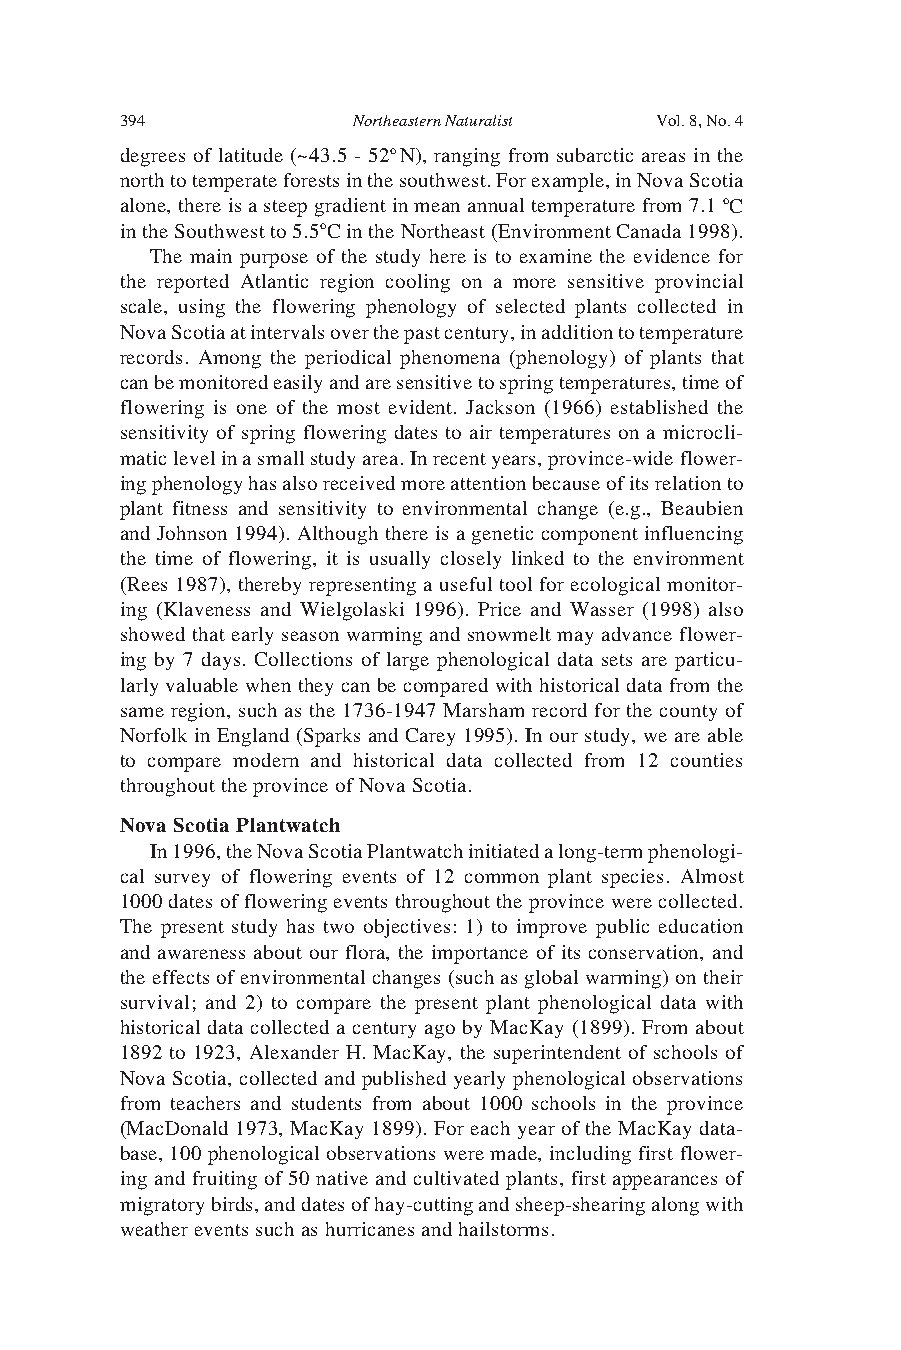
394            Northeastern Naturalist Vol. 8, No. 4
 degrees of latitude (~43.5 - 52o N), ranging from subarctic areas in the
 north to temperate forests in the southwest. For example, in Nova Scotia
 alone, there is a steep gradient in mean annual temperature from 7.1 oC
 in the Southwest to 5.5oC in the Northeast (Environment Canada 1998).
 The main purpose of the study here is to examine the evidence for
 the reported Atlantic region cooling on a more sensitive provincial
 scale, using the flowering phenology of selected plants collected in
 Nova Scotia at intervals over the past century, in addition to temperature
 records. Among the periodical phenomena (phenology) of plants that
 can be monitored easily and are sensitive to spring temperatures, time of
 flowering is one of the most evident. Jackson (1966) established the
 sensitivity of spring flowering dates to air temperatures on a microcli-
 matic level in a small study area. In recent years, province-wide flower-
 ing phenology has also received more attention because of its relation to
 plant fitness and sensitivity to environmental change (e.g., Beaubien
 and Johnson 1994). Although there is a genetic component influencing
 the time of flowering, it is usually closely linked to the environment
 (Rees 1987), thereby representing a useful tool for ecological monitor-
 ing (Klaveness and Wielgolaski 1996). Price and Wasser (1998) also
 showed that early season warming and snowmelt may advance flower-
 ing by 7 days. Collections of large phenological data sets are particu-
 larly valuable when they can be compared with historical data from the
 same region, such as the 1736-1947 Marsham record for the county of
 Norfolk in England (Sparks and Carey 1995). In our study, we are able
 to compare modern and historical data collected from 12 counties
 throughout the province of Nova Scotia.
 Nova Scotia Plantwatch
 In 1996, the Nova Scotia Plantwatch initiated a long-term phenologi-
 cal survey of flowering events of 12 common plant species. Almost
 1000 dates of flowering events throughout the province were collected.
 The present study has two objectives: 1) to improve public education
 and awareness about our flora, the importance of its conservation, and
 the effects of environmental changes (such as global warming) on their
 survival; and 2) to compare the present plant phenological data with
 historical data collected a century ago by MacKay (1899). From about
 1892 to 1923, Alexander H. MacKay, the superintendent of schools of
 Nova Scotia, collected and published yearly phenological observations
 from teachers and students from about 1000 schools in the province
 (MacDonald 1973, MacKay 1899). For each year of the MacKay data-
 base, 100 phenological observations were made, including first flower-
 ing and fruiting of 50 native and cultivated plants, first appearances of
 migratory birds, and dates of hay-cutting and sheep-shearing along with
 weather events such as hurricanes and hailstorms.